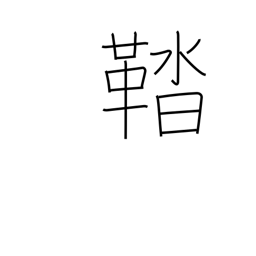
Meaning: shoes